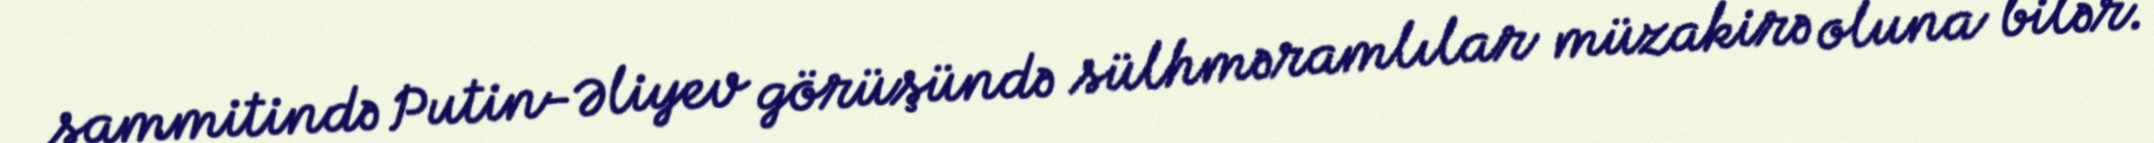
sammitində Putin-Əliyev görüşündə sülhməramlılar müzakirə oluna bilər.